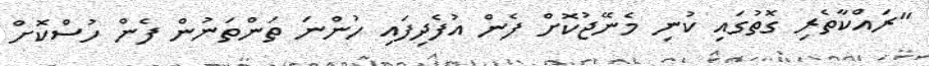
"ރައްކާތެރި ގޮތުގައި ކުނި މެނޭޖުކޮށް ފެން އުފެދިފައި ހުންނަ ތަންތަނުން ފެން ހުސްކޮށް